Indian journal of veterinary science and animal husbandry - Volume 9,
Year: 1939
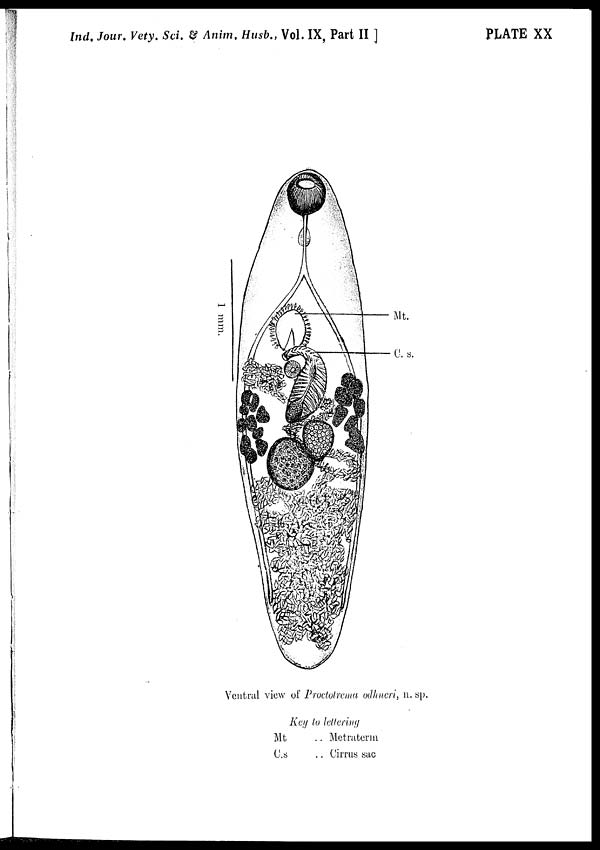
Ind. Jour. Vety. Sci. & Anim. Husb., Vol. IX, Part II ]
PLATE XX
Ventral view of Proctotrema odhneri, n. sp.
Key to lettering
Mt
C.s
..
..
Metraterm
Cirrus sac